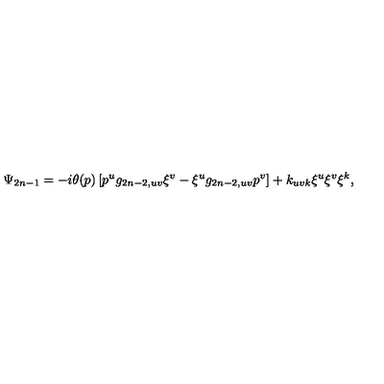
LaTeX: \Psi _ { 2 n - 1 } = - i \theta ( p ) \left[ p ^ { u } g _ { 2 n - 2 , u v } \xi ^ { v } - \xi ^ { u } g _ { 2 n - 2 , u v } p ^ { v } \right] + k _ { u v k } \xi ^ { u } \xi ^ { v } \xi ^ { k } ,